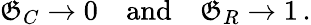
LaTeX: \mathfrak{G}_{C}\to0\quad{\mathrm{{and}}}\quad\mathfrak{G}_{R}\to1\, .